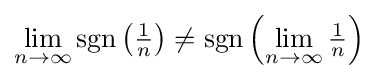
\lim _{n\to \infty }\operatorname {sgn} \left({\tfrac {1}{n}}\right)\neq \operatorname {sgn} \left(\lim _{n\to \infty }{\tfrac {1}{n}}\right)